Jaan_Tonisson_(Lasteleht), lk 119
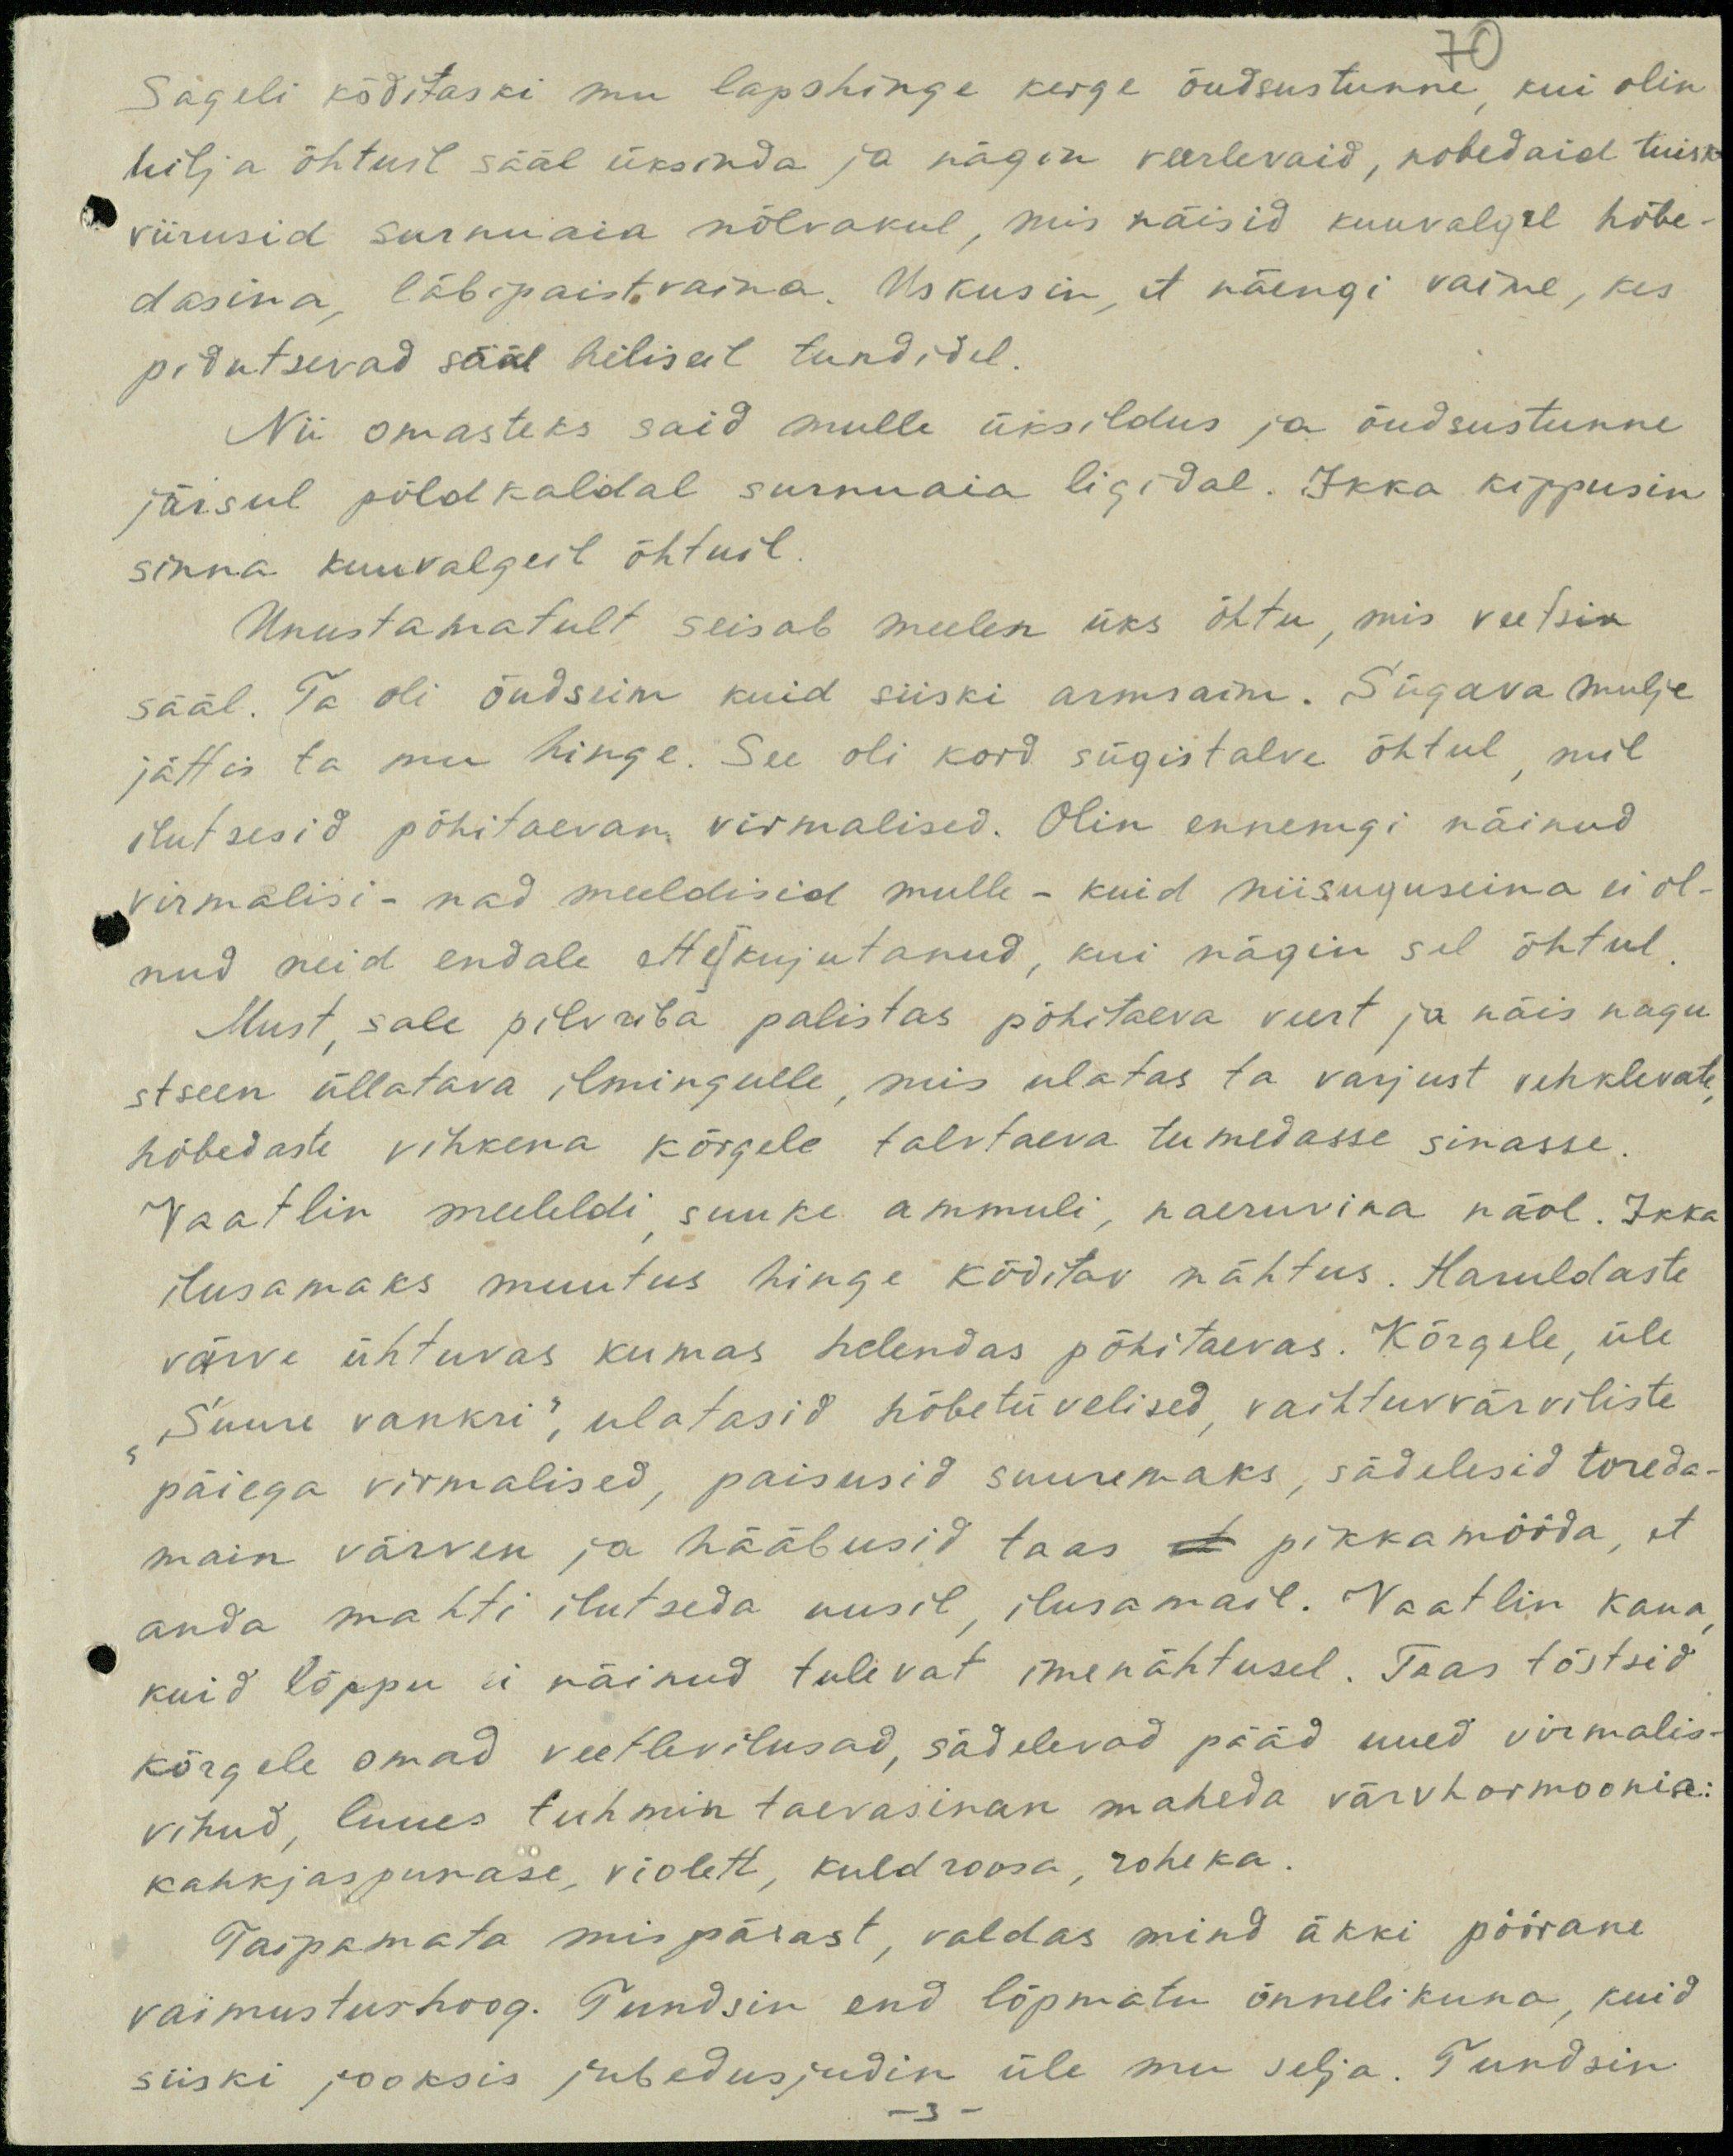
Sageli kõditaski mu lapshinge kerge õudsustunne, kui olin
hilja õhtuil sääl üksinda ja nägin veerlevaid, nobedaid tuisu
viirusid surnuaia nõlvakul, mis näisid kuuvalgel hõbe-
dasina, läbipaistvaina. Uskusin, et näengi vaime, kes
pidutsevad sääl hiliseil tundidel.
Nii omasteks said mulle üksildus ja õudsustunne
järsul põld kaldal surnuaia ligidal. Ikka kippusin
sinna kuuvalgeil õhtuil.
Unustamatult seisab meelen üks õhtu, mis veetsin
sääl. Ta oli õudsim kuid siiski armsaim. Sügava mulje
jättis ta mu hinge. See oli kord sügistalve õhtul, mil
ilutsesid põhitaevan virmalised. Olin ennemgi näinud
virmalisi - nad meeldisid mulle - kuid niisuguseina ei ol-
nud neid endale ette kujutanud, kui nägin sel õhtul
Must, sale pilvriba palistas põhitaeva veert ja näis nagu
stseen üllatava ilmingulle, mis ulatas ta varjust vehklevate
hõbedaste vihkena kõrgele talvtaeva tumedasse sinasse.
Vaatlin meeleldi suuke ammuli, naeruvina näol. Ikka
ilusamaks muutus hinge kõditav nähtus. Haruldaste
värve ühtuvas kumas helendas põhitaevas. Kõrgele üle
"Suure vankri", ulatasid hõbetüvelised vaihtuvvärviliste
päiega virmalised, paisusid suuremaks, sädelesid toreda-
main värven ja hääbusid taas et pikkamööda, et
anda mahti ilutseda uusil ilusamail. Vaatlin kaua
kuid lõppu ei näinud tulevat imenähtusel. Taas tõstsid
kõrgele omad veetlevilusad, sädelevad pääd uued virmalis-
vihud luues tuhmin taevasinan maheda värvharmoonia:
kahkjaspunase, violett, kuldroosa, roheka.
Taipamata mispärast, valdas mind äkki pöörane
vaimustushoog. Tundsin end lõpmatu õnnelikuna, kuid
siiski jooksis jubedusjudin üle mu selja. Tundsin